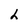
Character: h